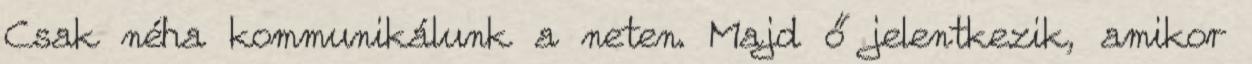
Csak néha kommunikálunk a neten. Majd ő jelentkezik, amikor